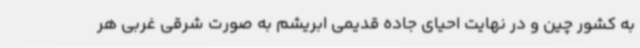
به کشور چین و در نهایت احیای جاده قدیمی ابریشم به صورت شرقی غربی هر